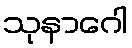
သုနာဂေါ